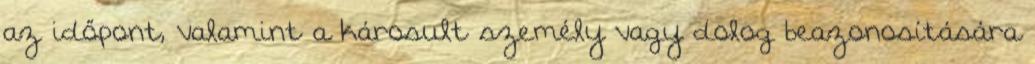
az időpont, valamint a károsult személy vagy dolog beazonosítására